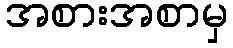
အစားအစာမှ